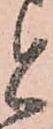
と